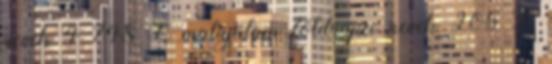
nevek‎ 4 748 L malajálam földrajzi nevek‎ 205 L